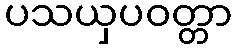
ပသယှပဝတ္တာ